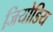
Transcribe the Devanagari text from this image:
जियोडिय